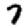
Digit: 7